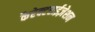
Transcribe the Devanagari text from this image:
कैरेक्टराईज़ेशन